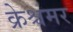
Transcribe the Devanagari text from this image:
क्रेश्चमर